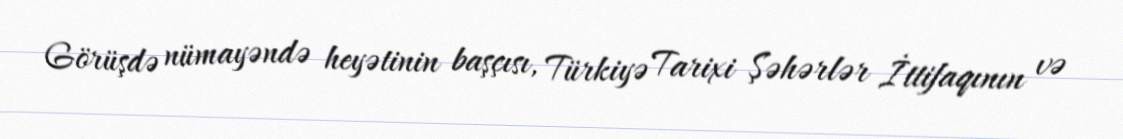
Görüşdə nümayəndə heyətinin başçısı, Türkiyə Tarixi Şəhərlər İttifaqının və